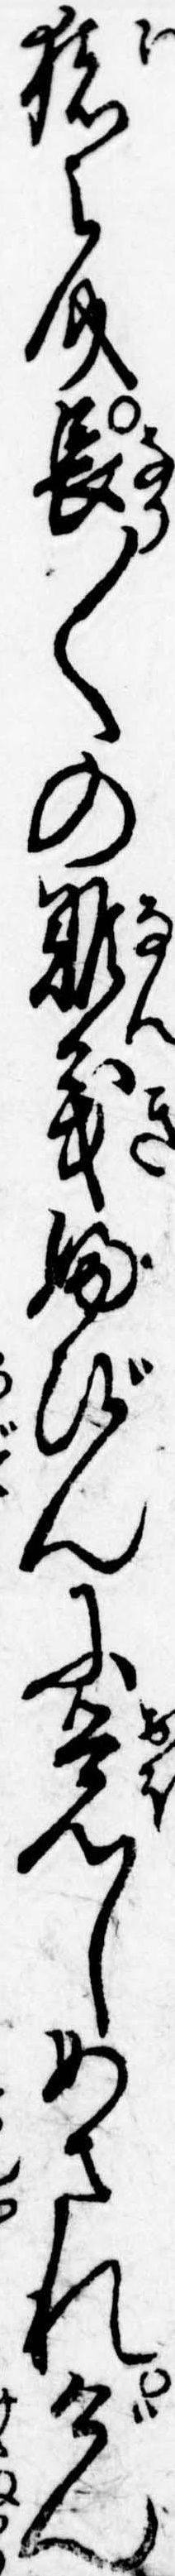
猪之介長〱の難義ふびんに覚しめされげん